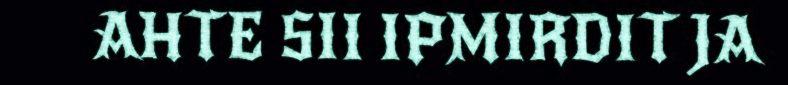
AHTE SII IPMIRDIT JA